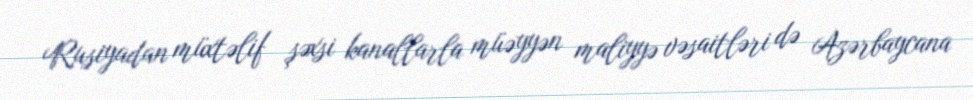
Rusiyadan müxtəlif şəxsi kanallarla müəyyən maliyyə vəsaitləri də Azərbaycana